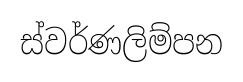
ස්වර්ණලිම්පන